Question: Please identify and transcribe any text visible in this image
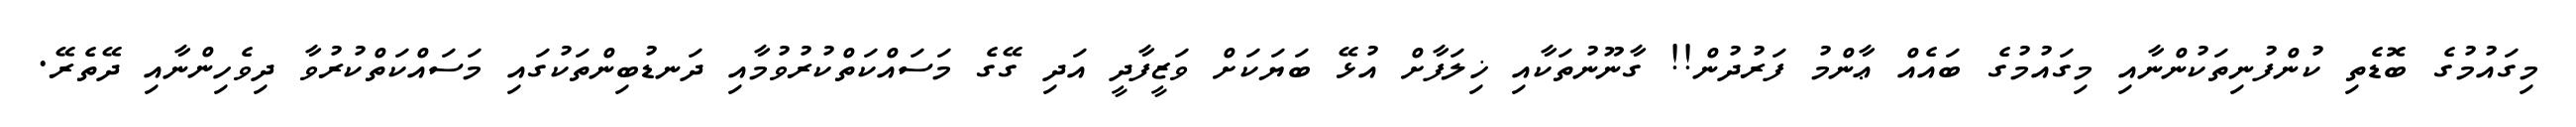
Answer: މިގައުމުގެ ބޮޑެތި ކުންފުނިތަކުންނާއި މިގައުމުގެ ބައެއް ޢާންމު ފަރުދުން!! ގާނޫނުތަކާއި ޚިލަފާށް އުޅޭ ބަޔަކަށް ވަޒީފާދީ އަދި ގޭގެ މަސައްކަތްކުރުވުމާއި ދަނޑުބިންތަކުގައި މަސައްކަތްކުރުވާ ދިވެހިންނާއި ދޭތެރޭ.